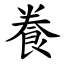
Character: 飬